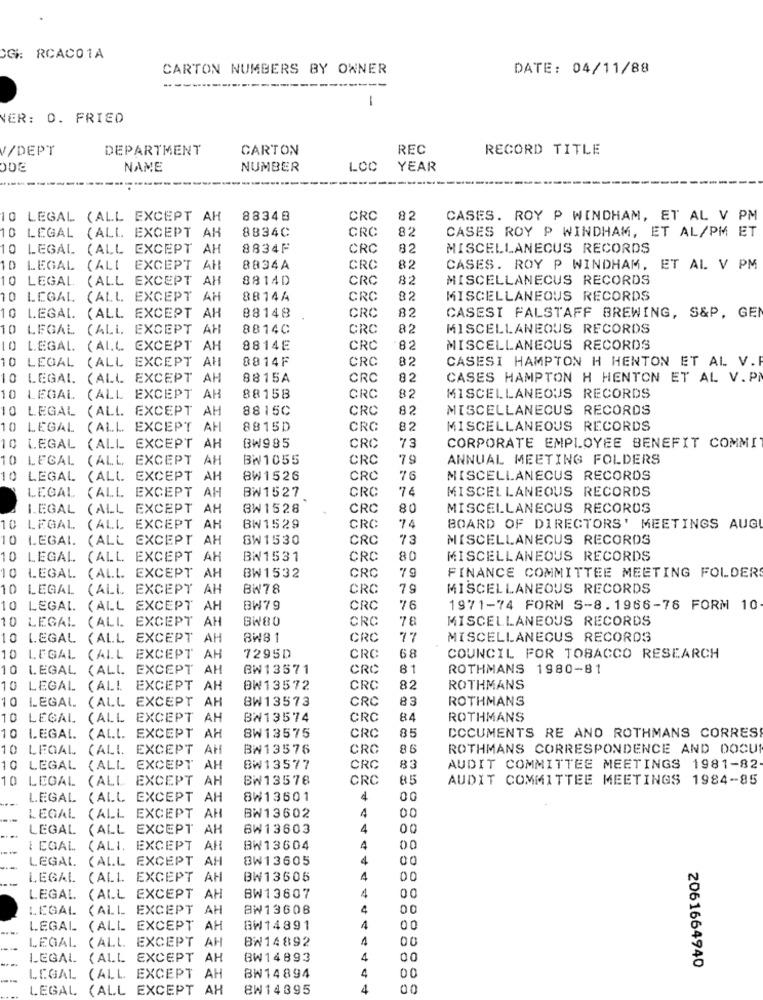
OG RCACO1A
CARTON NUMBERS BY OWNER
DATE: 04/11/88
1
VER: 0. FRIED
V/DEPT
DEPARTMENT
CARTON
REC
RECORD TITLE
NAME
NUMBER
LOC
YEAR
O LEGAL (ALL EXCEPT AH
88348
CRC
82
CASES. ROY P WINDHAM, ET AL V PM
10 LEGAL (ALL EXCEPT AH
8834C
CRC
82
CASES ROY P WINDHAM, ET AL/PM ET
10 LEGAL (ALL EXCEPT AH
8834F
CRC
82
MISCELLANEOUS RECORDS
ID LEGAL (ALL EXCEPT AR
8834A
CRC
82
CASES. ROY P WINDHAM, ET AL V PM
10 LEGAL
(ALL EXCEPT AH
8814D
CRC
82
MISCELLANECUS RECORDS
10 LEGAL (ALL EXCEPT AH
88144
CRC
82
MISCELLANEOUS RECORDS
10
88148
CRC
82
LEGAL. (ALL EXCEPT AH
CASESI FALSTAFF BREWING, S&P, GEN
O LEGAL (ALL EXCEPT AH
8814C
CRC
82
MISCELLANEOUS RECORDS
O LEGAL. (ALL. EXCEPT AH
8814E
CRC
82
MISCELLANEOUS RECORDS
10 LEGAL (ALL EXCEPT AH
8814F
CRC
82
CASESI HAMPTON H HENTON ET AL V.F
10 LEGAL (ALL EXCEPT AH
8815A
CRC
82
CASES HAMPTON H HENTON ET AL V.P.
10 LEGAL (ALL EXCEPT AH
88158
CRC
82
MISCELLANEOUS RECORDS
10 LEGAL (ALL EXCEPT AH
8815C
CRC
82
MISCELLANEOUS RECORDS
10 LEGAL (ALL EXCEPT AH
8815D
CRC
82
MISCELLANEOUS RECORDS
CRC
73
0 LEGAL (ALL EXCEPT AH
BW985
CORPORATE EMPLOYEE BENEFIT COMMI
10 LEGAL (ALL EXCEPT AH
BW1055
CRC
79
ANNUAL MEETING FOLDERS
10 LEGAL (ALL EXCEPT AH
8W1526
CRC
76
MISCELLANEOUS RECORDS
LEGAL
CRC
74
MISCELLANEOUS RECORDS
(ALL EXCEPT AH
BW1527
LEGAL (ALL EXCEPT AH
BW1528
CRC
80
MISCELLANEOUS RECORDS
74
0 LEGAL (ALL EXCEPT AH
BW1529
CRC
BOARD OF DIRECTORS' MEETINGS AUG
0 LEGAL. (ALL EXCEPT AH
SW1530
CRC
73
MISCELLANEOUS RECORDS
10 LEGAL (ALL EXCEPT AH
BW1531
CRC
80
MISCELLANEOUS RECORDS
7 9
10 LEGAL (ALL EXCEPT AH
BW1532
CRC
FINANCE COMMITTEE MEETING FOLDERS
10 LEGAL (ALL EXCEPT AH
BW78
CRC
79
MISCELLANEOUS RECORDS
10 LEGAL (ALL EXCEPT AH
BW79
CRC
76
1971-74 FORM S-8.1966-76 FORM 10
10 LEGAL (ALL EXCEPT AH
BW80
CRC
78
MISCELLANEOUS RECORDS
10 LEGAL (ALL EXCEPT AH
BW81
CRC
77
MISCELLANEOUS RECORDS
68
10 LEGAL (ALL EXCEPT AH
7295D
CRC
COUNCIL FOR TOBACCO RESEARCH
10 LEGAL (ALL EXCEPT AH
BW13571
CRC
81
ROTHMANS 1980-81
10 LEGAL
(ALL EXCEPT AH
BW13572
CRC
82
ROTHMANS
(ALL EXCEPT AH
BW13573
CRC
83
ROTHMANS
10 LEGAL
10 LEGAL
(ALL EXCEPT AH
BW13574
CRC
84
ROTHMANS
85
10 LEGAL.
(ALL. EXCEPT AH
8W13575
CRC
DOCUMENTS RE ANO ROTHMANS CORRES
10 LEGAL
(ALL EXCEPT AH
BW13576
CRC
86
ROTHMANS CORRESPONDENCE AND DOCUR
10 LEGAL
(ALL EXCEPT AH
BW13577
CRC
83
AUDIT COMMITTEE MEETINGS 1981-82
LEGAL
(ALL EXCEPT AH
BW13578
CRC
85
AUDIT COMMITTEE MEETINGS 1984-85
LEGAL (ALL EXCEPT AH
8W13601
d
00
4
LEGAL (ALL EXCEPT AH
BW13602
00
LEGAL (ALL EXCEPT AH
BW13603
4
00
I EGAL (ALI. EXCEPT AH
BW13604
4
00
LEGAL (ALL EXCEPT AH
BW13605
4
00
LEGAL (ALL EXCEPT AH
BW13606
4
4
LEGAL. (ALL EXCEPT AH
BW13607
00
LEGAL (ALL EXCEPT AH
BW13608
4
00
...
LEGAL (ALL EXCEPT AH
BW14891
4
00
LEGAL (ALL EXCEPT AH
BW14892
00
LEGAL (ALL EXCEPT AH
BW14893
4
00
4
2061664940
LEGAL (ALL EXCEPT AH
BW14894
00
LEGAL
(ALL EXCEPT AH
BW14395
4
10